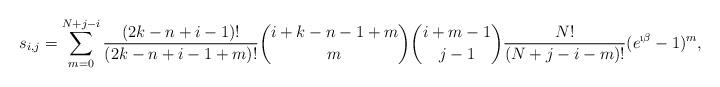
LaTeX: \begin{align*}s_{i,j} = \sum_{m=0}^{N+j-i} \frac{(2k-n+i-1)!}{(2k-n+i-1+m)!} \binom{i+k-n-1+m}{m} \binom{i+m-1}{j-1} \frac{N!}{(N+j-i-m)!} (e^{\i \beta}-1)^m,\end{align*}